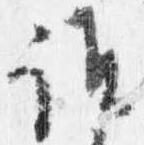
誰